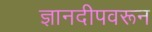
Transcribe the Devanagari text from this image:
ज्ञानदीपवरून